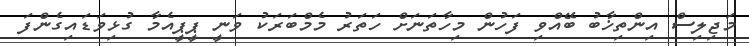
މަޖިލިސް އިންތިޚާބު ބޭއްވި ފަހުން މިހާތަނަށް ހަތަރު މެމްބަރަކު ވަނީ ޕީޕީއެމާ ގުޅިވަޑައިގެންފަ